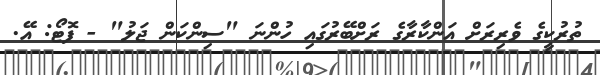
ތުރުކީގެ ވެރިރަށް އަންކާރާގެ ރަށްބޭރުގައި ހުންނަ "ސިންކަން ޖަލު" - ފޮޓޯ: އޭ.